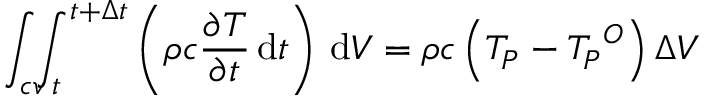
\int _ { c v } \! \! \! \int _ { t } ^ { t + \Delta t } \left( \rho c { \frac { \partial T } { \partial t } } \, \mathrm { d } t \right) \, \mathrm { d } V = \rho c \left( T _ { P } - { T _ { P } } ^ { O } \right) \Delta V